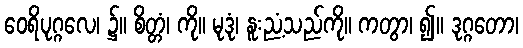
ဝေရိပုဂ္ဂလေ၊ ၌။ စိတ္တံ၊ ကို။ မုဒုံ၊ နူးညံ့သည်ကို။ ကတွာ၊ ၍။ ဒုဂ္ဂတော၊